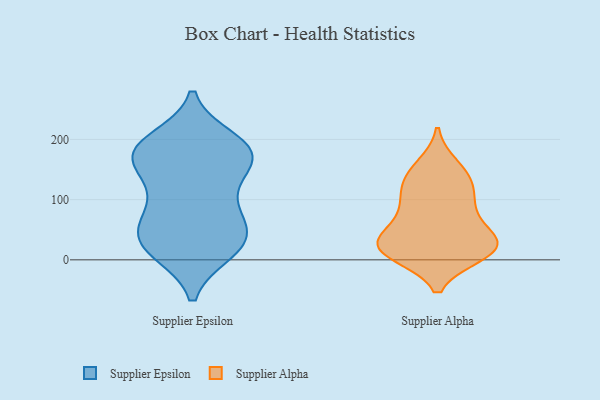
{"axis": {"x": "Conversion Rate (%)", "y": "Value"}, "legend": ["Supplier Alpha", "Supplier Epsilon"], "data": [{"x": "", "y": 127, "type": "Supplier Epsilon"}, {"x": "", "y": 15, "type": "Supplier Epsilon"}, {"x": "", "y": 38, "type": "Supplier Epsilon"}, {"x": "", "y": 170, "type": "Supplier Epsilon"}, {"x": "", "y": 182, "type": "Supplier Epsilon"}, {"x": "", "y": 85, "type": "Supplier Epsilon"}, {"x": "", "y": 169, "type": "Supplier Epsilon"}, {"x": "", "y": 64, "type": "Supplier Epsilon"}, {"x": "", "y": 168, "type": "Supplier Epsilon"}, {"x": "", "y": 18, "type": "Supplier Epsilon"}, {"x": "", "y": 198, "type": "Supplier Epsilon"}, {"x": "", "y": 119, "type": "Supplier Epsilon"}, {"x": "", "y": 68, "type": "Supplier Epsilon"}, {"x": "", "y": 14, "type": "Supplier Epsilon"}, {"x": "", "y": 36, "type": "Supplier Epsilon"}, {"x": "", "y": 187, "type": "Supplier Epsilon"}, {"x": "", "y": 40, "type": "Supplier Epsilon"}, {"x": "", "y": 186, "type": "Supplier Epsilon"}, {"x": "", "y": 174, "type": "Supplier Epsilon"}, {"x": "", "y": 33, "type": "Supplier Alpha"}, {"x": "", "y": 20, "type": "Supplier Alpha"}, {"x": "", "y": 95, "type": "Supplier Alpha"}, {"x": "", "y": 155, "type": "Supplier Alpha"}, {"x": "", "y": 118, "type": "Supplier Alpha"}, {"x": "", "y": 130, "type": "Supplier Alpha"}, {"x": "", "y": 16, "type": "Supplier Alpha"}, {"x": "", "y": 15, "type": "Supplier Alpha"}, {"x": "", "y": 21, "type": "Supplier Alpha"}, {"x": "", "y": 36, "type": "Supplier Alpha"}, {"x": "", "y": 142, "type": "Supplier Alpha"}, {"x": "", "y": 10, "type": "Supplier Alpha"}, {"x": "", "y": 27, "type": "Supplier Alpha"}, {"x": "", "y": 85, "type": "Supplier Alpha"}, {"x": "", "y": 71, "type": "Supplier Alpha"}]}